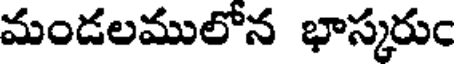
మండలములోన భాస్కరుం